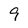
Character: 9